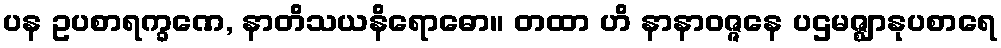
ပန ဥပစာရက္ခဏေ, နာတိသယနိရောဓော။ တထာ ဟိ နာနာဝဇ္ဇနေ ပဌမဇ္ဈာနုပစာရေ